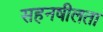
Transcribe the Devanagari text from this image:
सहनषीलता